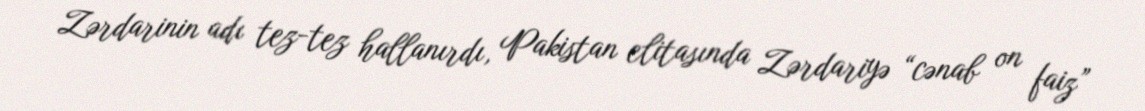
Zərdarinin adı tez-tez hallanırdı, Pakistan elitasında Zərdariyə “cənab on faiz”